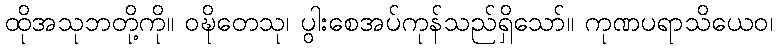
ထိုအသုဘတို့ကို။ ဝဍ္ဎိတေသု၊ ပွါးစေအပ်ကုန်သည်ရှိသော်။ ကုဏပရာသိယေဝ၊